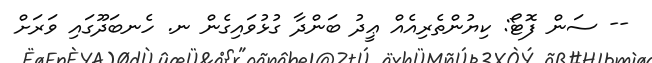
-- ސަން ފޮޓޯ: ކިޔުންތެރިއެއް ޢީދު ބަންދާ ގުޅުވައިގެން ނ. ހެނބަދޫގައި ވަރަަށް